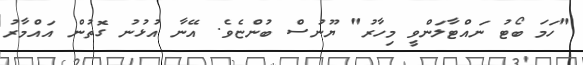
"ހަމަ ބޯޓު ނައްޓާލަންވީ މިހާރު" ޔޫނުސް ބުންޏެވެ. އޭނާ އުޅުނު ގޮތުން އައްމާރު